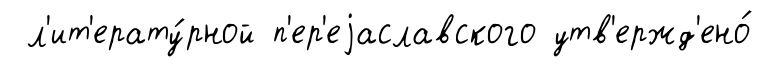
л'ит'ерату́рной п'ер'еjаславского утв'ержд'ено́